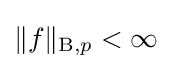
\|f\|_{\mathrm {B} ,p}<\infty